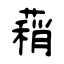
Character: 蕱